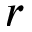
r